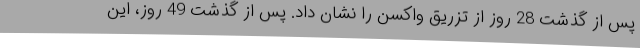
پس از گذشت 28 روز از تزریق واکسن را نشان داد. پس از گذشت 49 روز، این